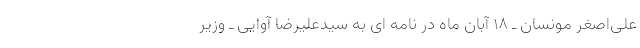
علی‌اصغر مونسان ـ ۱۸ آبان ماه در نامه ای به سیدعلیرضا آوایی ـ وزیر